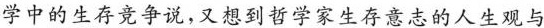
学中的生存竞争说，又想到哲学家生存意志的人生观与